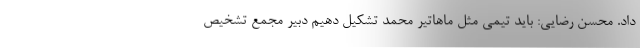
داد. محسن رضایی: باید تیمی مثل ماهاتیر محمد تشکیل دهیم دبیر مجمع تشخیص